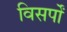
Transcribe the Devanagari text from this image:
विसर्पों